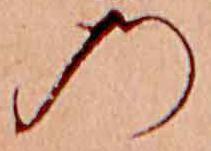
の